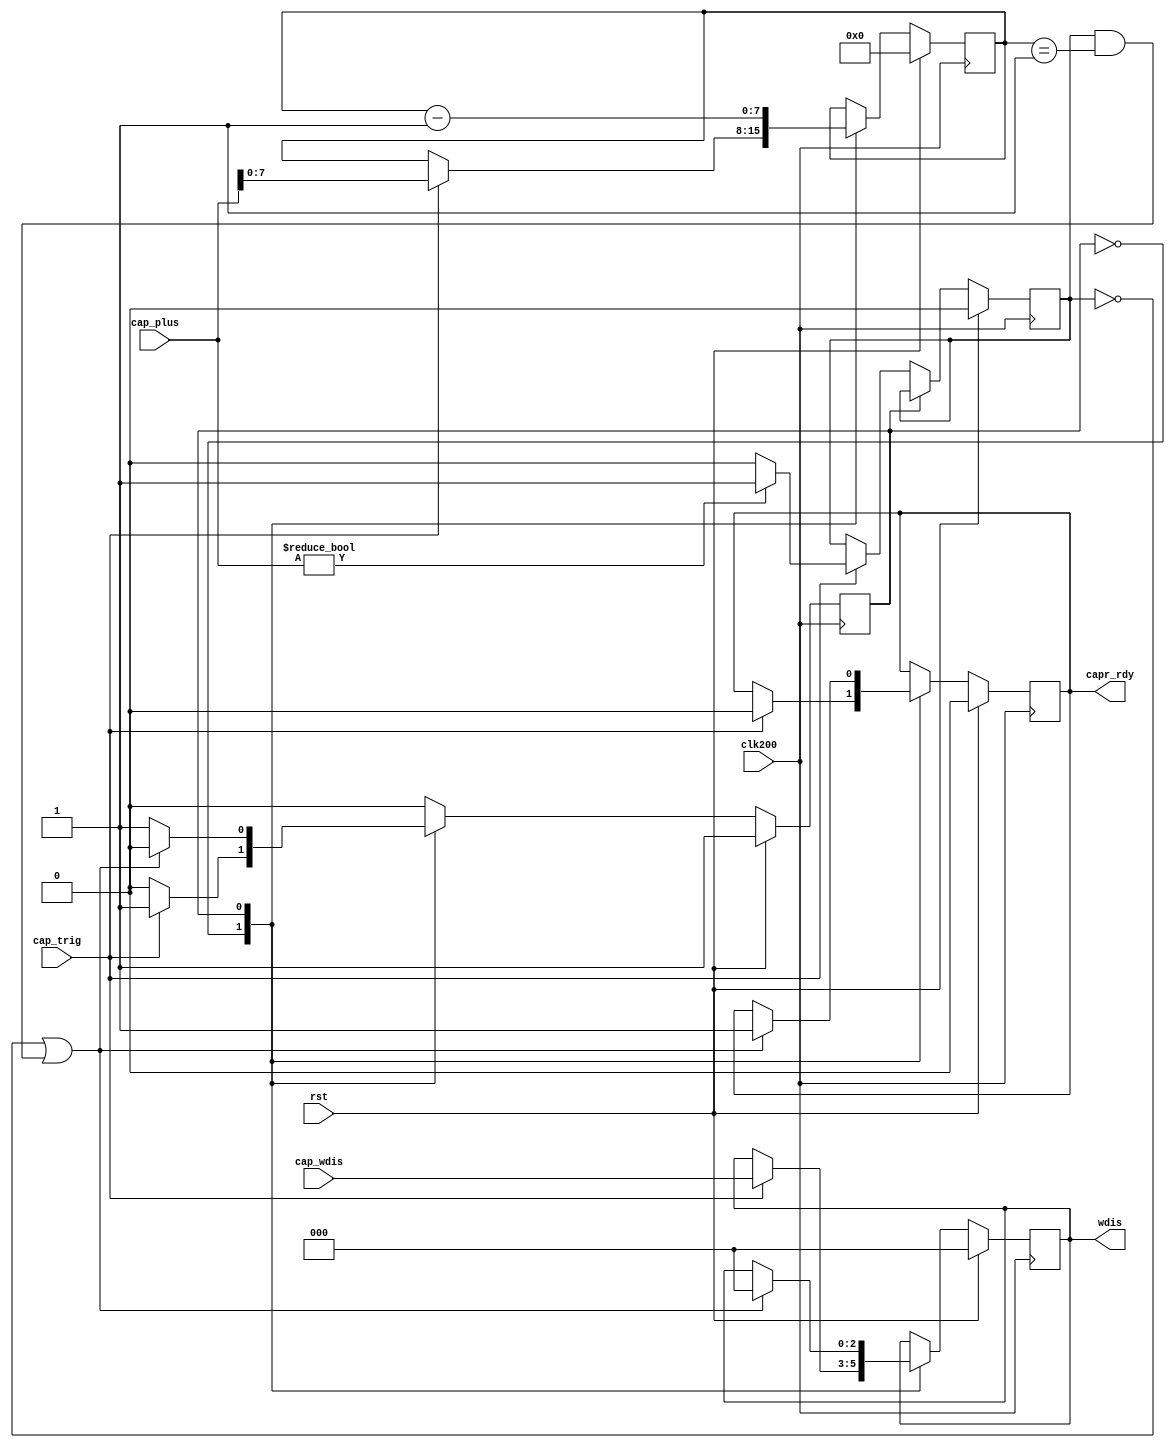
`timescale 1ns / 1ps
//////////////////////////////////////////////////////////////////////////////////
// Company: 
// Engineer: 
// 
// Design Name: 
// Module Name: Ta_ldd_cap
// Project Name: 
// Target Devices: 
// Tool Versions: 
// Description: 
// 
// Dependencies: 
// 
// Revision:
// Revision 0.01 - File Created
// Additional Comments:
// 
//////////////////////////////////////////////////////////////////////////////////


module Ta_ldd_cap
#(
parameter TOP0_0 = 3  ,
          LDD0_0 = 32
)(
input                   clk200        ,
input                   rst           ,
input    [TOP0_0-1:0]   cap_wdis      ,
input    [LDD0_0-1:0]   cap_plus      ,
input                   cap_trig      ,
output                  capr_rdy      ,
output   [TOP0_0-1:0]   wdis
    );

localparam LDD0_00 = 8;
localparam S_OFF = 0,
           S_ON  = 1;
reg              state        = S_ON ;
reg[TOP0_0-1:0]  t_wdis       = 0    ;
reg              t_capr_rdy   = 0    ;
reg[LDD0_00-1:0] cap_plus_cnt = 0    ;
reg              cap_plus_en  = 0    ;
always@(posedge clk200)begin
	if(rst)begin
		state        <= S_ON ;
		t_wdis       <= 0    ;
		t_capr_rdy   <= 0    ;
		cap_plus_en  <= 0    ;
		cap_plus_cnt <= 0    ;
	end else begin
		case(state)
			S_OFF :begin
				if(cap_trig)begin
					state        <= S_ON    ;
					t_capr_rdy   <= 0       ;
					t_wdis       <= cap_wdis;
					cap_plus_cnt <= cap_plus;
					if(cap_plus!=0)begin
						cap_plus_en <= 1;
					end else begin
						cap_plus_en <= 0;
					end
				end
			end
			S_ON  :begin
				cap_plus_cnt <= cap_plus_cnt - 1;
				if((!cap_plus_en)|(cap_plus_en&(cap_plus_cnt==1)))begin
					state      <= S_OFF ;
					t_capr_rdy <= 1     ;
					t_wdis     <= 0     ;
				end
			end
		endcase
	end
end

assign wdis     = t_wdis    ;
assign capr_rdy = t_capr_rdy;

endmodule